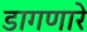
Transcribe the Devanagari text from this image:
डागणारे